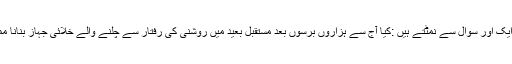
مگر چلیں ایک اور سوال سے نمٹتے ہیں :کیا آج سے ہزاروں برسوں بعد مستقبل بعید میں روشنی کی رفتار سے چلنے والے خلائی جہاز بنانا ممکن ہوگا ؟